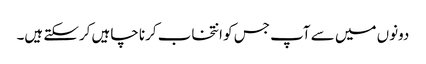
دونوں میں سے آپ جس کو انتخاب کرنا چاہیں کرسکتے ہیں۔